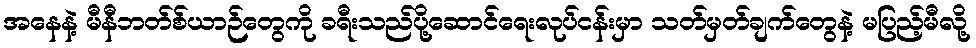
အနေနဲ့ မီနီဘတ်စ်ယာဉ်တွေကို ခရီးသည်ပို့ဆောင်ရေးလုပ်ငန်းမှာ သတ်မှတ်ချက်တွေနဲ့ မပြည့်မီလို့